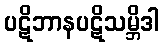
ပဋိဘာနပဋိသမ္ဘိဒါ